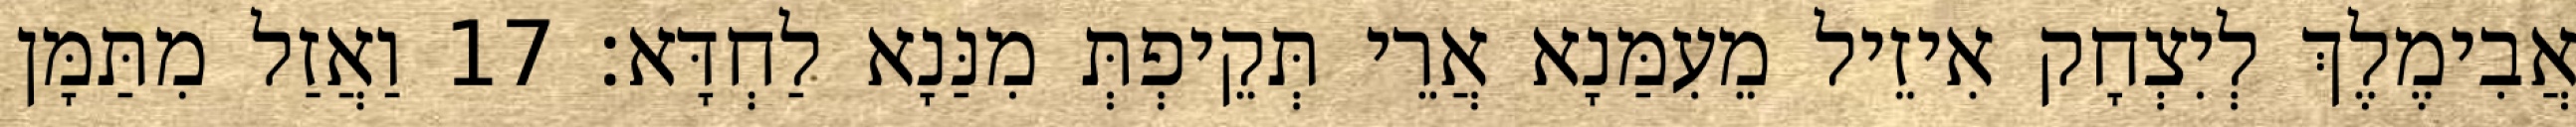
אֲבִימֶלֶךְ לְיִצְחָק אִיזֵיל מֵעִמַּנָא אֲרֵי תְּקֵיפְתְּ מִנַּנָא לַחְדָּא׃ 17 וַאֲזַל מִתַּמָּן